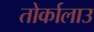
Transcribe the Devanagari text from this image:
तोर्कालाउ